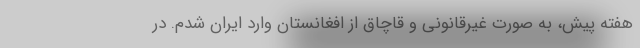
هفته پیش، به صورت غیرقانونی و قاچاق از افغانستان وارد ایران شدم. در